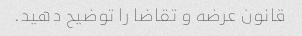
قانون عرضه و تقاضا را توضیح دهید.